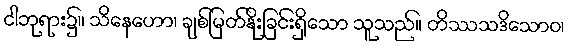
ငါဘုရား၌။ သိနေဟော၊ ချစ်မြတ်နိုးခြင်းရှိသော သူသည်။ တိဿသဒိသောဝ၊